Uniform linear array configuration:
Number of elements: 16
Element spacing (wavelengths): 1
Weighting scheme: kaiser
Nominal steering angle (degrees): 60
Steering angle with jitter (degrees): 61.107
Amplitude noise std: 0.05
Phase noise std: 0.05

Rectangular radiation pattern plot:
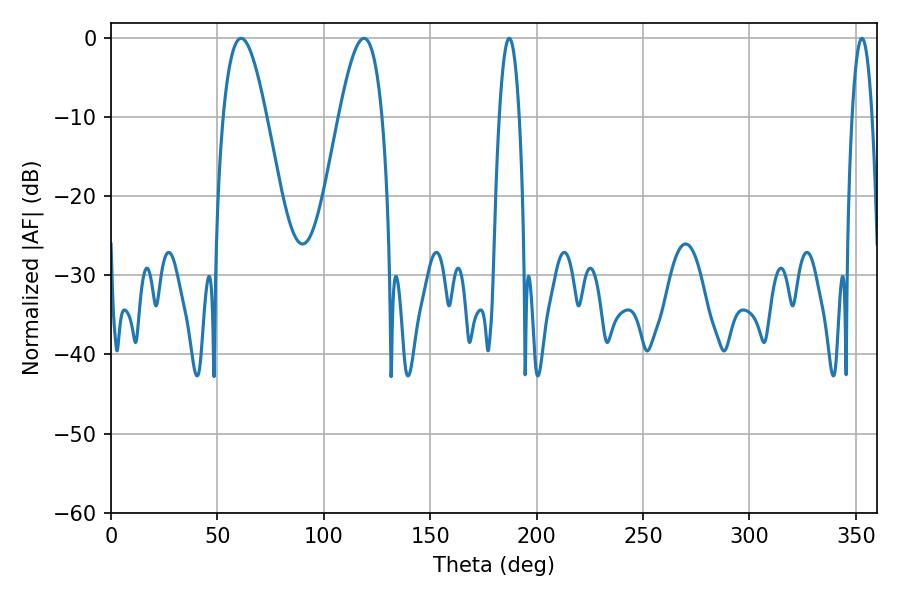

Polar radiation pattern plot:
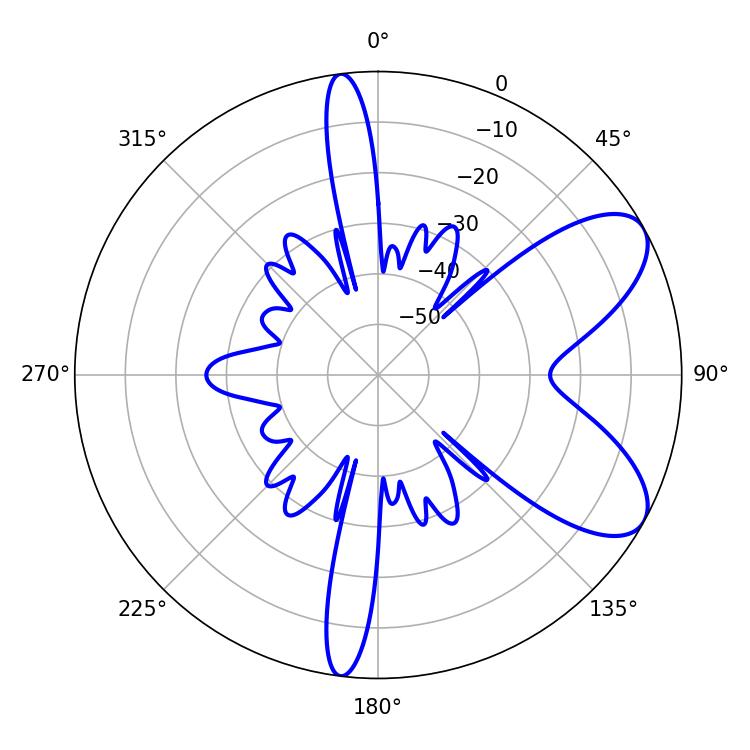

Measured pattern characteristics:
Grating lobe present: TRUE
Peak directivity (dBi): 7.628
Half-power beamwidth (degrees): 10.98
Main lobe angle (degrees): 61.2